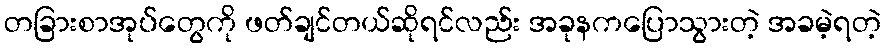
တခြားစာအုပ်တွေကို ဖတ်ချင်တယ်ဆိုရင်လည်း အခုနကပြောသွားတဲ့ အခမဲ့ရတဲ့